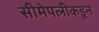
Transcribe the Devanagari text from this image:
सीमेपलीकडून